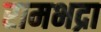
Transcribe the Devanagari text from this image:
रामभद्रा